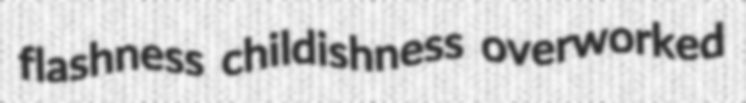
flashness childishness overworked